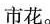
市花。